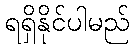
ရရှိနိုင်ပါမည်